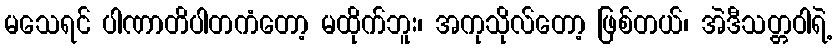
မသေရင် ပါဏာတိပါတကံတော့ မထိုက်ဘူး၊ အကုသိုလ်တော့ ဖြစ်တယ်၊ အဲဒီသတ္တဝါရဲ့